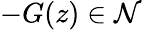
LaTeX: -G(z)\in\mathcal{N}